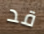
قد